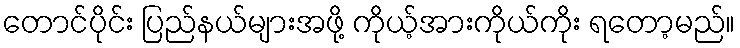
တောင်ပိုင်း ပြည်နယ်များအဖို့ ကိုယ့်အားကိုယ်ကိုး ရတော့မည်။